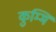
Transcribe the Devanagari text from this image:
कुम्मि